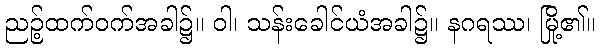
ညဉ့်ထက်ဝက်အခါ၌။ ဝါ၊ သန်းခေါင်ယံအခါ၌။ နဂရဿ၊ မြို့၏။